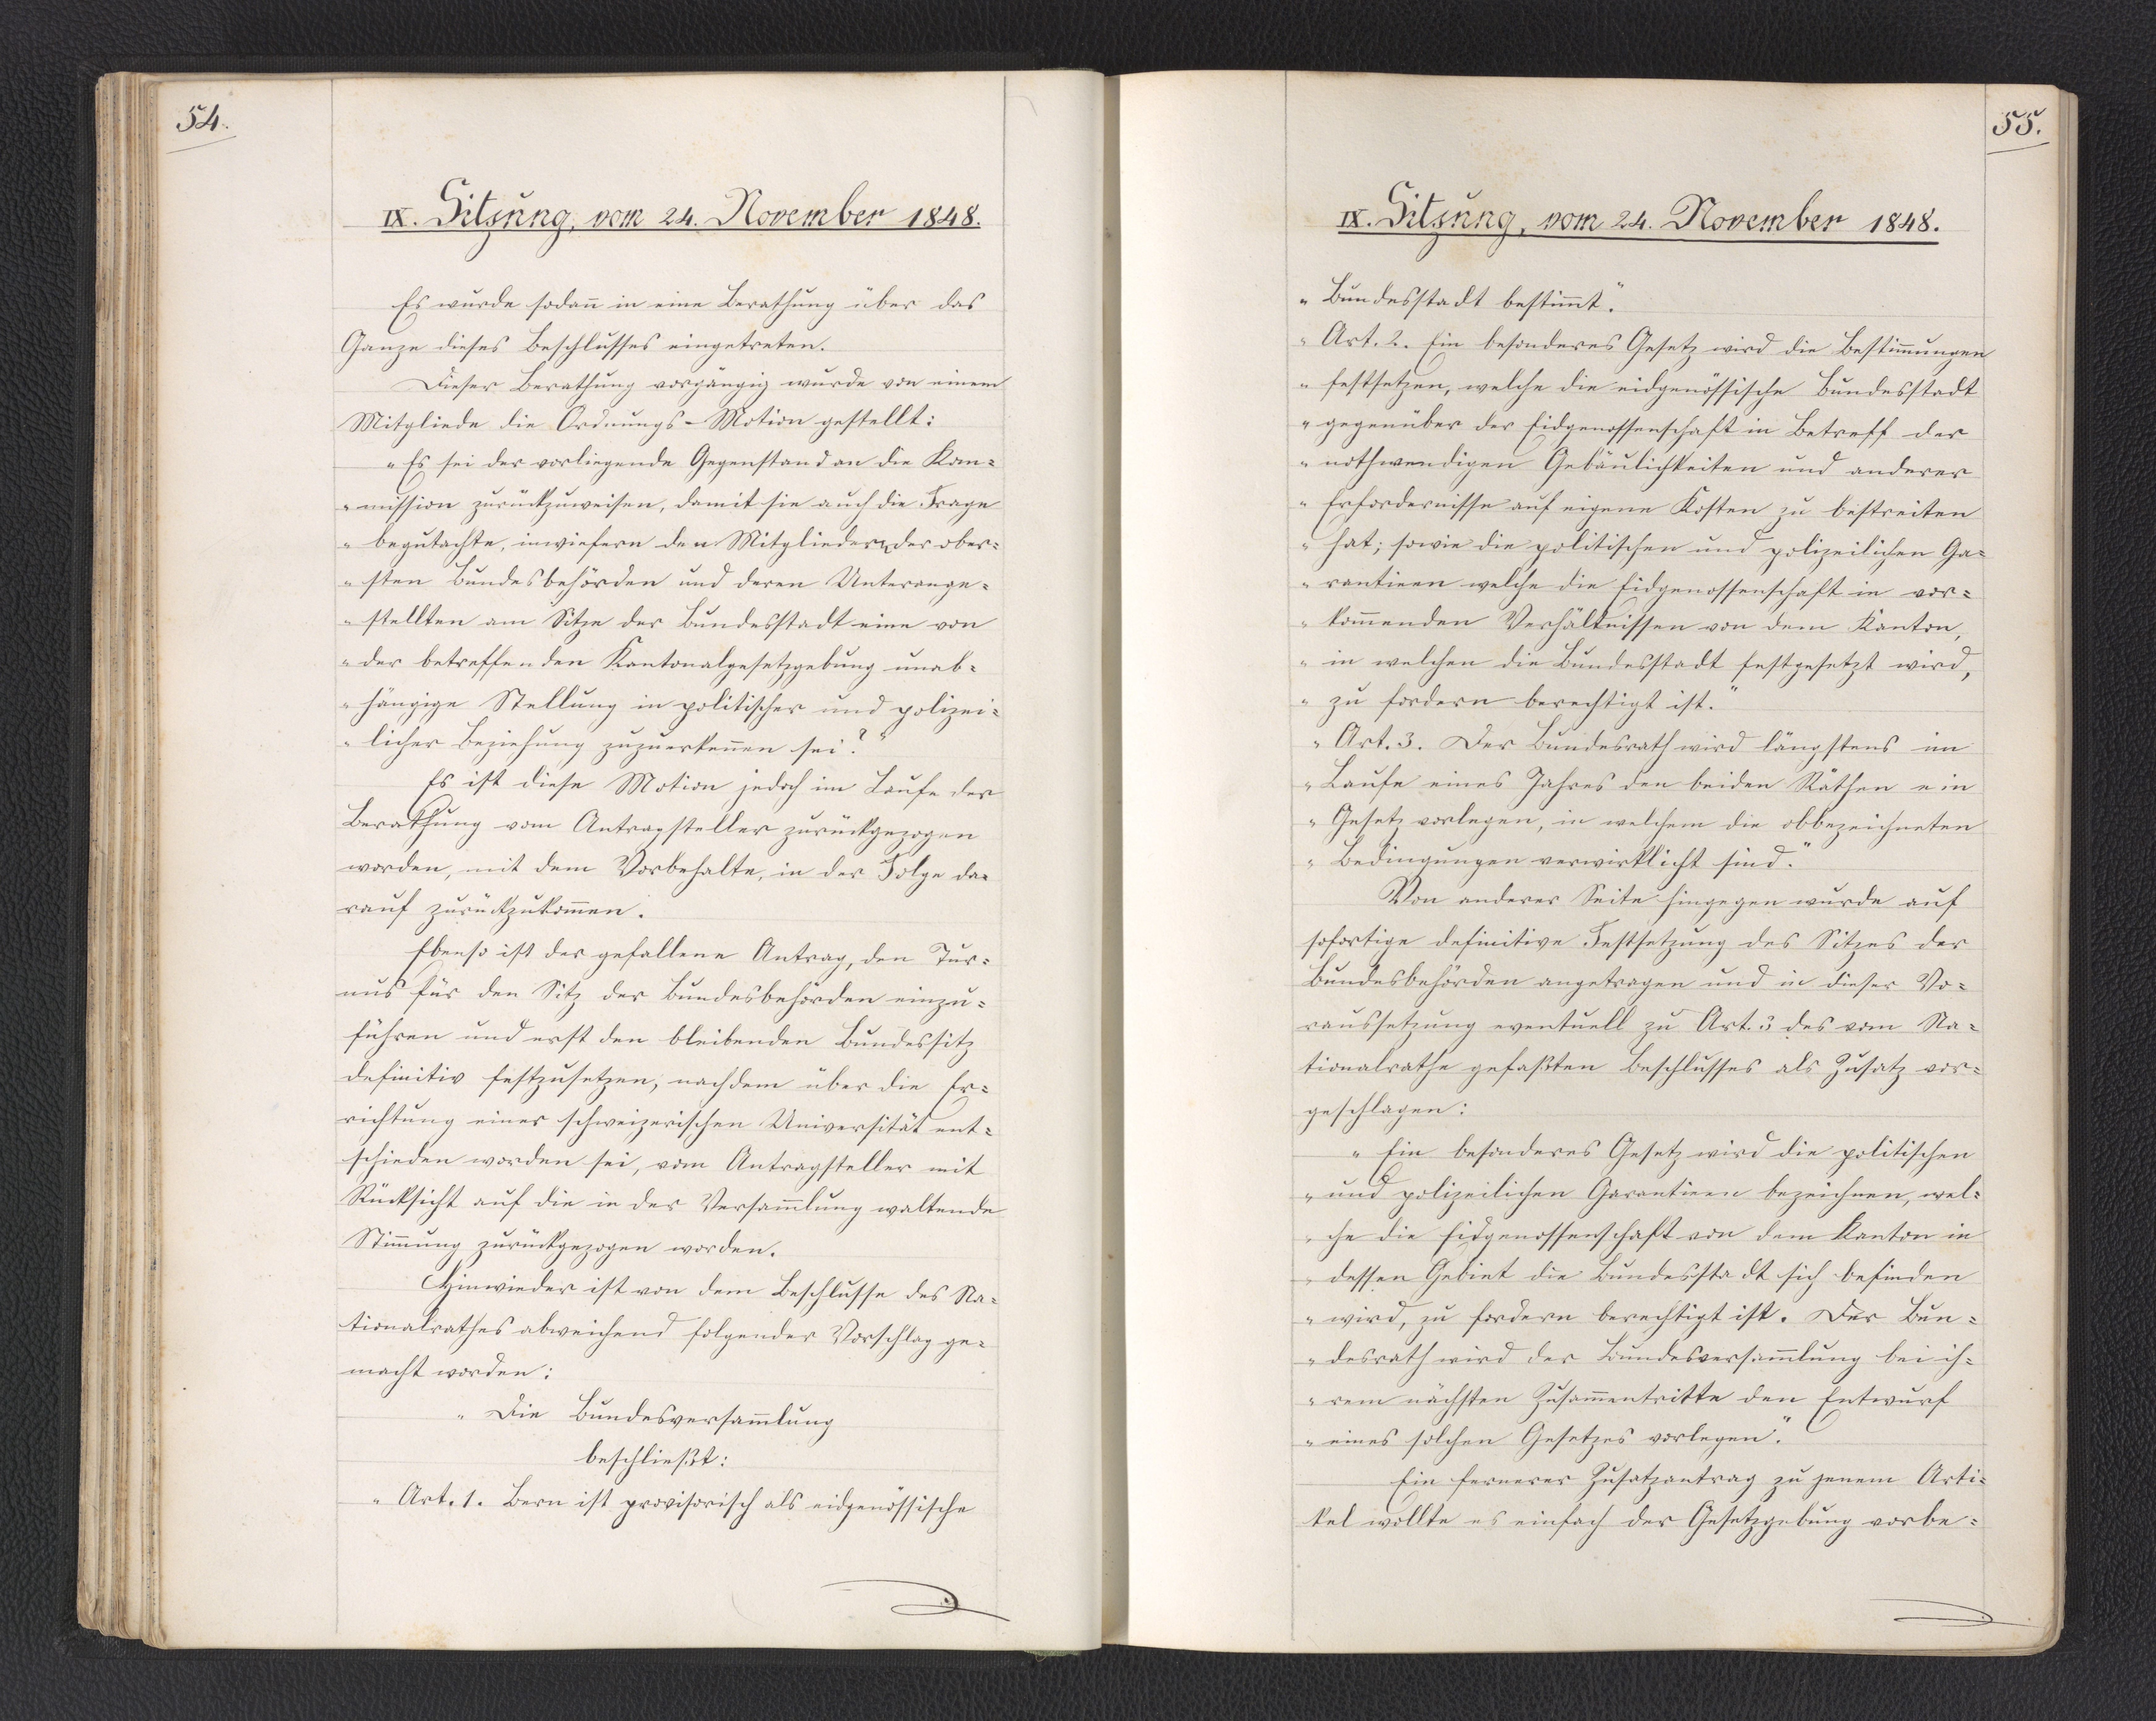
54.

IX. Sitzung, vom 24. November 1848.

Es wurde sodann in eine Berathung über das
Ganze dieses Beschlusses eingetreten.
Dieser Berathung vorgängig wurde von einem
Mitgliede die Ordnungs-Motion gestellt:
"Es sei der vorliegende Gegenstand an die Kom¬
mission zurückzuweisen, damit sie auch die Frage
begutachte, inwiefern den Mitgliedern der ober¬
sten Bundesbehörden und deren Unterange¬
stellten am Sitze der Bundesstadt eine von
der betreffenden Kantonalgesetzgebung unab¬
hängige Stellung in politischer und polizei¬
licher Beziehung zuzuerkennen sei?"
Es ist diese Motion jedoch im Laufe der
Berathung vom Antragsteller zurückgezogen
worden, mit dem Vorbehalte, in der Folge da¬
rauf zurückzukommen.
Ebenso ist der gefallene Antrag, den Tur¬
nus für den Sitz der Bundesbehörden einzu¬
führen und erst den bleibenden Bundessitz
definitiv festzusetzen, nachdem über die Er¬
richtung einer schweizerischen Universität ent¬
schieden worden sei, vom Antragsteller mit
Rücksicht auf die in der Versammlung waltende
Stimmung zurückgezogen worden.
Hinwieder ist von dem Beschlusse des Na¬
tionalrathes abweichend folgender Vorschlag ge¬
macht worden:
"Die Bundesversammlung
beschließt:
Art. 1. Bern ist provisorisch als eidgenössische

55.

IX. Sitzung, vom 24. November 1848.

Bundesstadt bestimmt.
Art. 2. Ein besonderes Gesetz wird die Bestimmungen
festsetzen, welche die eidgenössische Bundesstadt
gegenüber der Eidgenossenschaft in Betreff der
nothwendigen Gebäulichkeiten und anderer
Erfordernisse auf eigene Kosten zu bestreiten
hat; sowie die politischen und polizeilichen Ga¬
rantieen welche die Eidgenossenschaft in vor¬
kommenden Verhältnissen von dem Kanton,
in welchen die Bundesstadt festgesetzt wird,
zu fordern berechtigt ist.
Art. 3. Der Bundesrath wird längstens im
Laufe eines Jahres den beiden Räthen ein
Gesetz vorlegen, in welchem die obbezeichneten
Bedingungen verwirklicht sind."
Von anderer Seite hingegen wurde auf
sofortige definitive Festsetzung des Sitzes der
Bundesbehörden angetragen und in dieser Vo¬
raussetzung eventuell zu Art. 3 des vom Na¬
tionalrathe gefaßten Beschlusses als Zusatz vor¬
geschlagen:
"Ein besonderes Gesetz wird die politischen
und polizeilichen Garantieen bezeichnen, wel¬
che die Eidgenossenschaft von dem Kanton in
dessen Gebiet die Bundesstadt sich befinden
wird, zu fordern berechtigt ist. Der Bun¬
desrath wird der Bundesversammlung bei ih¬
rem nächsten Zusammentritte den Entwurf
eines solchen Gesetzes vorlegen."
Ein fernerer Zusatzantrag zu jenem Arti¬
kel wollte es einfach der Gesetzgebung vorbe¬